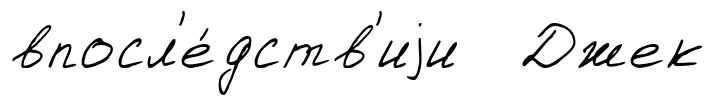
впосл'е́дств'иjи Джек